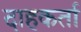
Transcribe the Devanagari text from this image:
दाहकर्ता